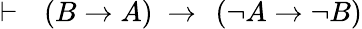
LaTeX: \vdash\ \ \left(B\rightarrow A\right)\ \rightarrow\ \left(\lnot A\rightarrow\lnot B\right)